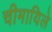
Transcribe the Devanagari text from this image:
चीमायिले